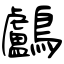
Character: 鸕